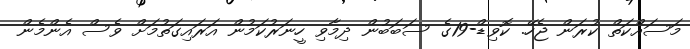
މަސައްކަތް ކުރަން ޖެހޭ. ކޮވިޑް-19ގެ ސަބަބުން ދިމާވި ހީނަރުކަމުން އަރައިގަތުމަށް ވެސް އެންމެން